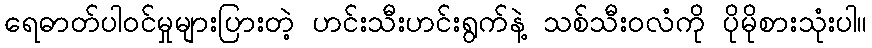
ရေဓာတ်ပါဝင်မှုများပြားတဲ့ ဟင်းသီးဟင်းရွက်နဲ့ သစ်သီးဝလံကို ပိုမိုစားသုံးပါ။